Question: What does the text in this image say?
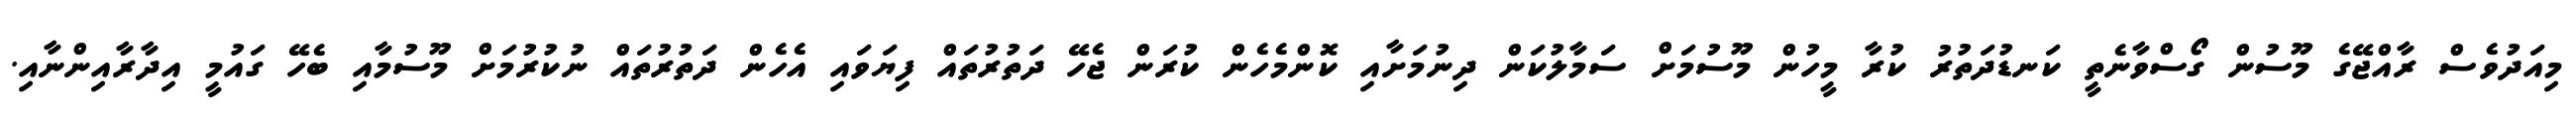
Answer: މިއަދުވެސް ރާއްޖޭގެ މޫސުން ގޯސްވާނެތީ ކަނޑުދަތުރު ކުރާ މީހުން މޫސުމަށް ސަމާލުކަން ދިނުމަށާއި ކޮންމެހެން ކުރަން ޖެހޭ ދަތުރުތައް ފިޔަވައި އެހެން ދަތުރުތައް ނުކުރުމަށް މޫސުމާއި ބެހޭ ގައުމީ އިދާރާއިންނާއި.